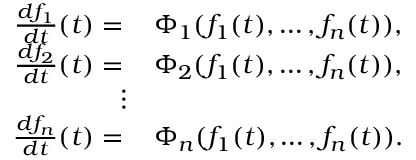
\begin{array} { r l } { \frac { d f _ { 1 } } { d t } ( t ) = \, } & { \Phi _ { 1 } ( f _ { 1 } ( t ) , \hdots , f _ { n } ( t ) ) , } \\ { \frac { d f _ { 2 } } { d t } ( t ) = \, } & { \Phi _ { 2 } ( f _ { 1 } ( t ) , \hdots , f _ { n } ( t ) ) , } \\ { \vdots } \\ { \frac { d f _ { n } } { d t } ( t ) = \, } & { \Phi _ { n } ( f _ { 1 } ( t ) , \hdots , f _ { n } ( t ) ) . } \end{array}